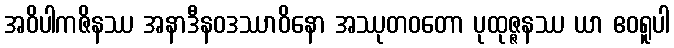
အဝိပါကဇိနဿ အနာဒီနဝဒဿာဝိနော အဿုတဝတော ပုထုဇ္ဇနဿ ယာ ဧဝရူပါ